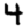
Digit: 4